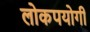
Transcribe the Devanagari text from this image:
लोकपयोगी